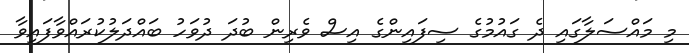
މި މައްސަލާގައި ދެ ގައުމުގެ ސިފައިންގެ އިސް ވެރިން ބުދަ ދުވަހު ބައްދަލުކުރައްވާފައިވާ